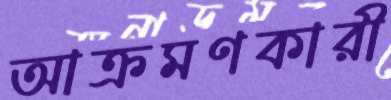
আক্রমণকারী